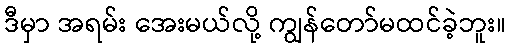
ဒီမှာ အရမ်း အေးမယ်လို့ ကျွန်တော်မထင်ခဲ့ဘူး။